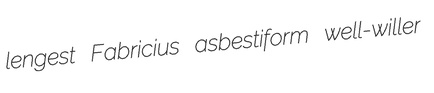
lengest Fabricius asbestiform well-willer